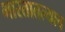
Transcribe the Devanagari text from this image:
भारतातल्याच